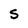
Character: S